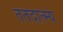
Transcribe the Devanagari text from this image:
ततदात्म्य